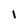
Character: I